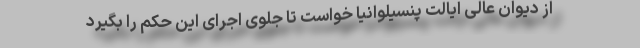
از دیوان عالی ایالت پنسیلوانیا خواست تا جلوی اجرای این حکم را بگیرد